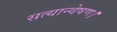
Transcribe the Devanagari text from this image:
सत्यान्वेषण।